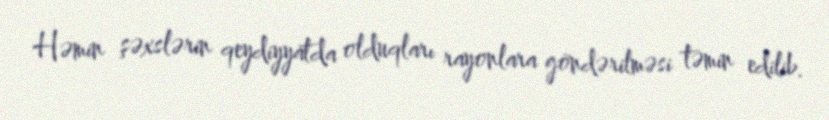
Həmin şəxslərin qeydiyyatda olduqları rayonlara göndərilməsi təmin edilib.